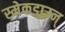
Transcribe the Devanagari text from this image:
स्मेकडाउन्